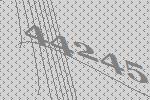
44245